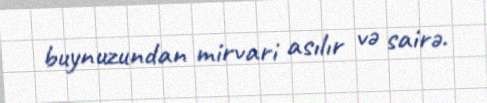
buynuzundan mirvari asılır və sairə.